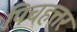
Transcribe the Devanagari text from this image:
पिचहत्तर